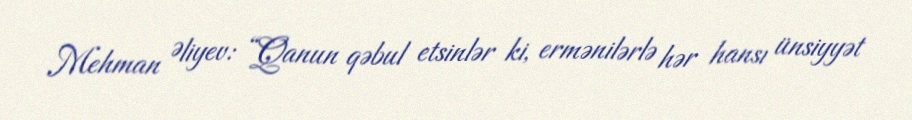
Mehman Əliyev: “Qanun qəbul etsinlər ki, ermənilərlə hər hansı ünsiyyət